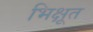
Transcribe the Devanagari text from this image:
भिक्षूत